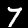
Digit: 7